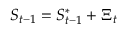
S _ { t - 1 } = S _ { t - 1 } ^ { * } + \Xi _ { t }